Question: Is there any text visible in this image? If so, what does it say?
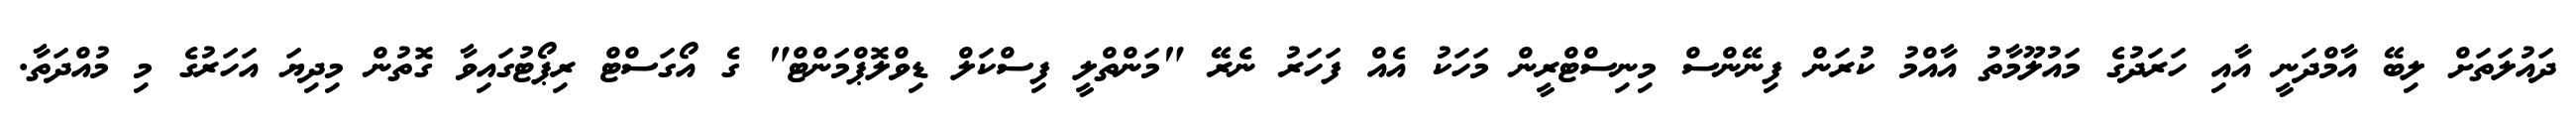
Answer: ދައުލަތަށް ލިބޭ އާމްދަނީ އާއި ހަރަދުގެ މައުލޫމާތު އާއްމު ކުރަން ފިނޭންސް މިނިސްޓްރީން މަހަކު އެއް ފަހަރު ނެރޭ "މަންތްލީ ފިސްކަލް ޑިވްލޮޕްމަންޓް" ގެ އޯގަސްޓް ރިޕޯޓުގައިވާ ގޮތުން މިދިޔަ އަހަރުގެ މި މުއްދަތާ.